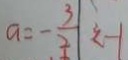
a = - \frac { 3 } { 2 } < - 1